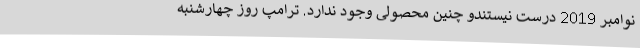
نوامبر 2019 درست نیستندو چنین محصولی وجود ندارد. ترامپ روز چهارشنبه